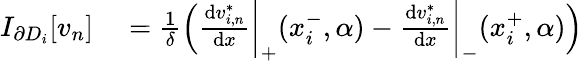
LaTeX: \begin{array}{rl}{I_{\partial D_{i}}[v_{n}]}&{{}=\frac{1}{\delta}\left(\frac{\mathrm{d}v_{i,n}^{*}}{\mathrm{d}x}\bigg\vert_{+}(x_{i}^{-},\alpha)-\frac{\mathrm{d}v_{i,n}^{*}}{\mathrm{d}x}\bigg\vert_{-}(x_{i}^{+},\alpha)\right)}\end{array}